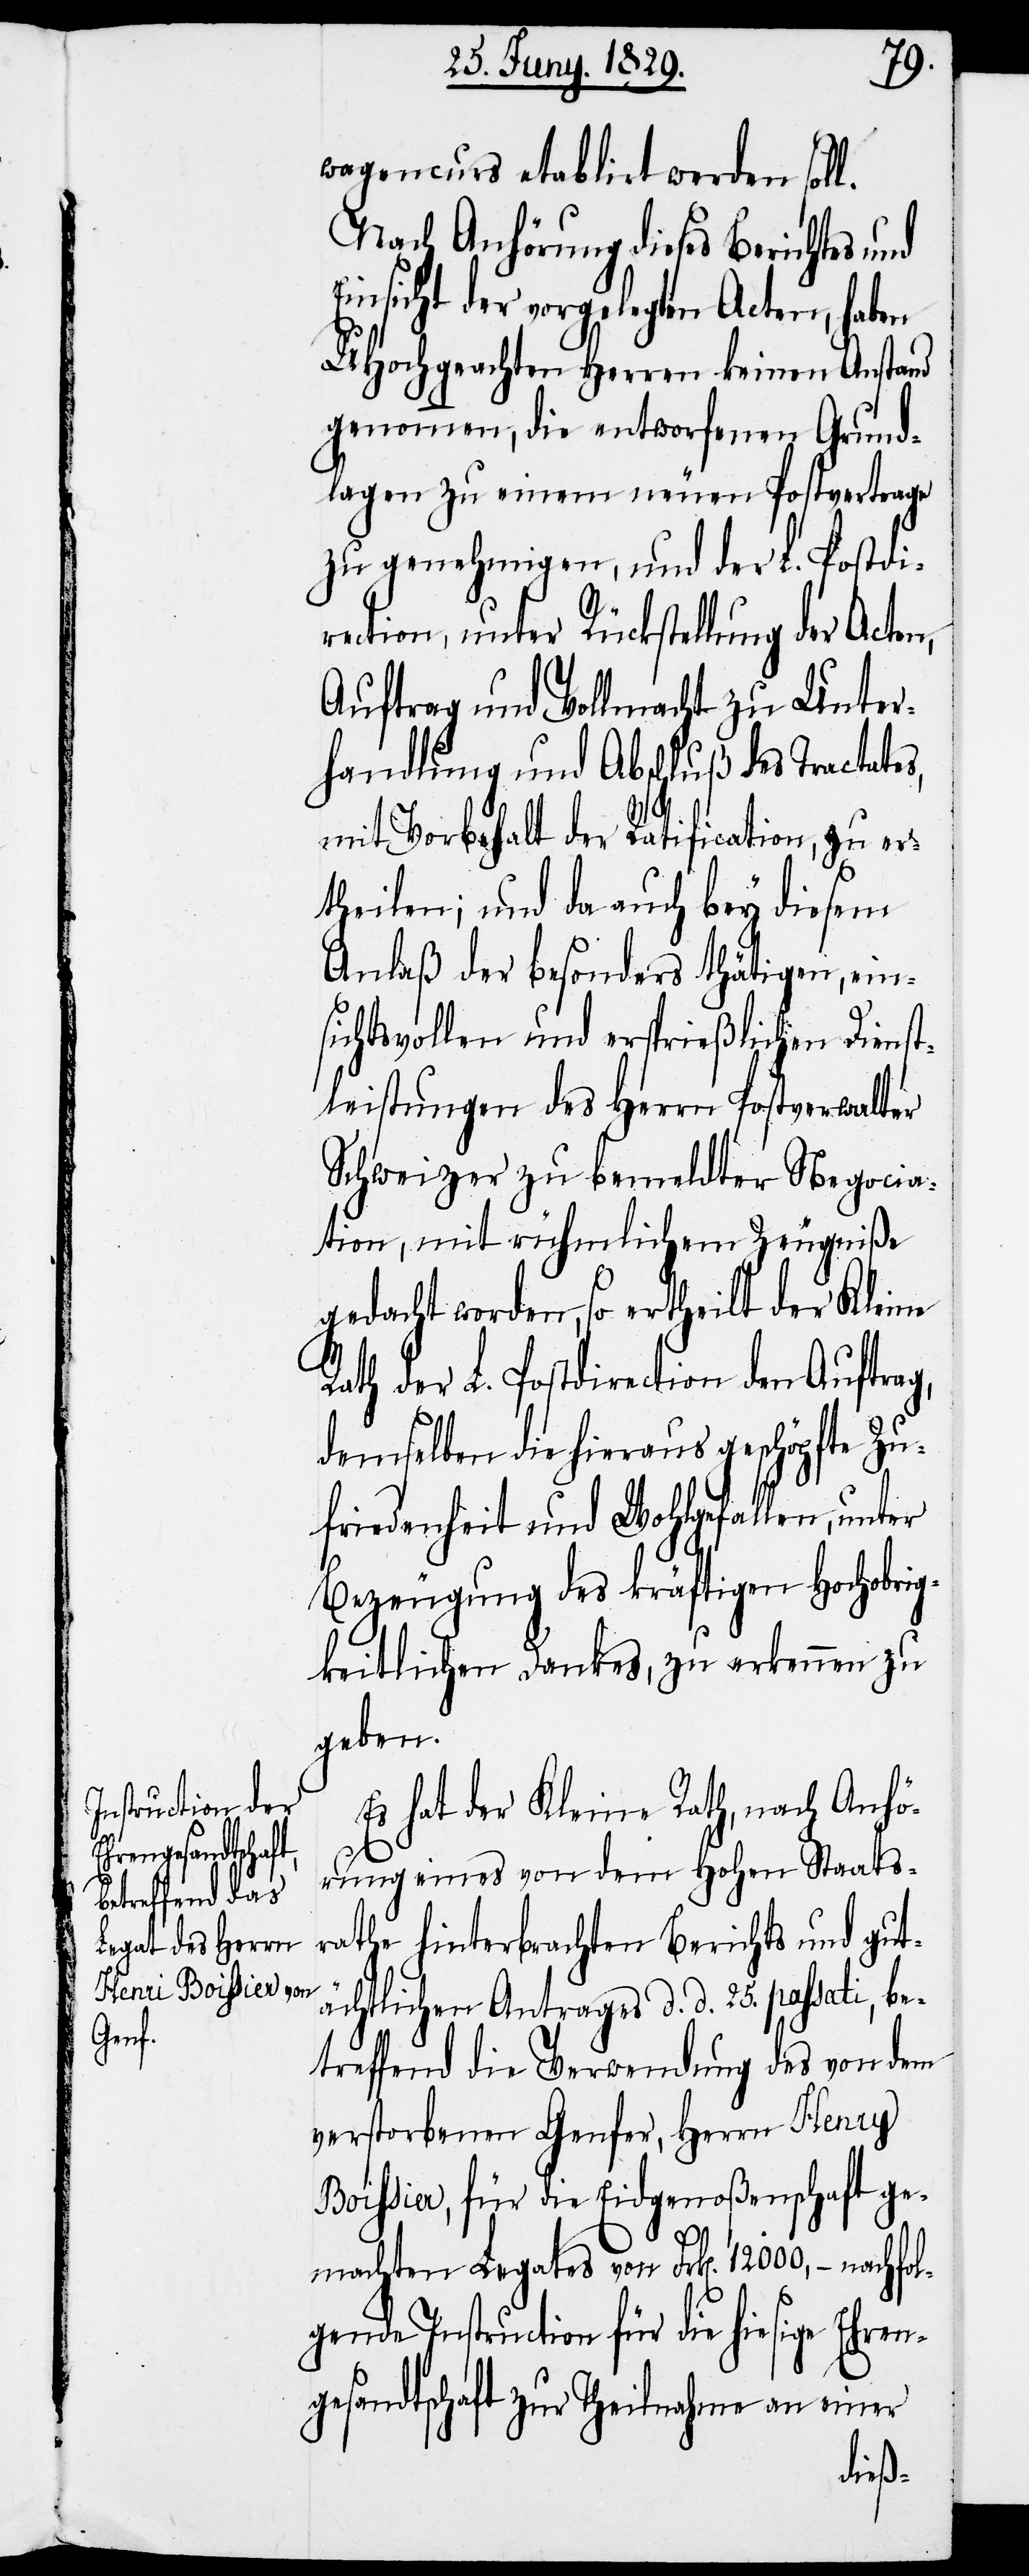
wagencurs etablirt werden soll.
Nach Anhörung dieses Berichtes und
Einsicht der vorgelegten Acten, haben
UHochgeachten Herren keinen Anstand
genommen, die entworfenen Grund¬
lagen zu einem neuen Postvertrage
zu genehmigen, und der L. Postdi¬
rection, unter Rückstellung der Acten,
Auftrag und Vollmacht zu Unter¬
handlung und Abschluß des Tractate¬
mit Vorbehalt der Ratification, zu er¬
theilen; und da auch bey diesem
Anlaß der besonders thätigen, ein¬
sichtsvollen und ersprießlichen Dienst¬
leistungen des Herrn Postverwalter
Schweizer zu bemeldter Negocia¬
tion, mit rühmlichem Zeugniße
gedacht worden, so ertheilt der Kleine
Rath der L. Postdirection den Auftrag,
demselben die hieraus geschöpfte Zu¬
friedenheit und Wohlgefallen, unter
Bezeugung des kräftigen Hochobrig¬
keitlichen Dankes, zu erkennen zu
geben.
Es hat der Kleine Rath, nach Anhö¬
rung eines von dem Hohen Staats¬
rathe hinterbrachten Berichts und gut¬
ächtlichen Antrages d. d. 25. passati, be¬
treffend die Verwendung des von dem
verstorbenen Genfer, Herrn Henry
Boissier, für die Eidgenoßenschaft ge¬
s,
machten Legates von Frk[en]. 12000,– nachfol¬
gende Instruction für die hiesige Ehren¬
gesandtschaft zur Theilnahme an einer